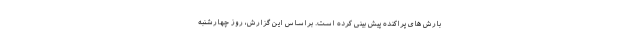
بارش های پراکنده پیش بینی کرده است. براساس این گزارش،‌ روز چهارشنبه